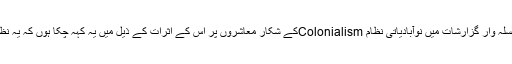
“ہم سب” اور “مکالمہ” پر شائع ہونے والی اپنی سلسلہ وار گزارشات میں نوآبادیاتی نظام Colonialismکے شکار معاشروں پر اس کے اثرات کے ذیل میں یہ کہہ چکا ہوں کہ یہ نظام چار مختلف نوعیت کے اثرات مرتب کرتا ہے۔